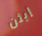
إيثن